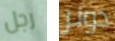
رجل دونر